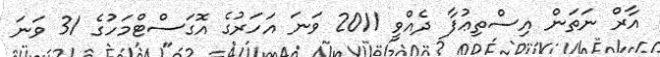
އާރް ނަތަން އިސްތިޢުފާ ދެއްވީ 2011 ވަނަ އަހަރުގެ އޮގަސްޓްމަހުގެ 31 ވަނަ